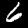
Label: 6